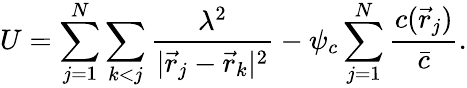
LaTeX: U=\sum_{j=1}^{N}\sum_{k<j}\frac{\lambda^{2}}{|\vec{r}_{j}-\vec{r}_{k}|^{2}}-\psi_{c}\sum_{j=1}^{N}\frac{c(\vec{r}_{j})}{\bar{c}}.